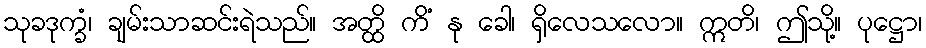
သုခဒုက္ခံ၊ ချမ်းသာဆင်းရဲသည်။ အတ္ထိ ကိံ နု ခေါ၊ ရှိလေသလော။ ဣတိ၊ ဤသို့။ ပုဋ္ဌော၊